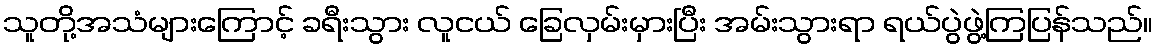
သူတို့အသံများကြောင့် ခရီးသွား လူငယ် ခြေလှမ်းမှားပြီး အမ်းသွားရာ ရယ်ပွဲဖွဲ့ကြပြန်သည်။